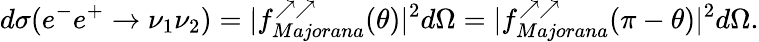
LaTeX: d\sigma(e^{-}e^{+}\to\nu_{1}\nu_{2})=|f_{Majorana}^{\nearrow\nearrow}(\theta)|^{2}d\Omega=|f_{Majorana}^{\nearrow\nearrow}(\pi-\theta)|^{2}d\Omega.